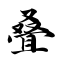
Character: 叠